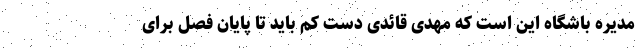
مدیره باشگاه این است که مهدی قائدی دست کم باید تا پایان فصل برای